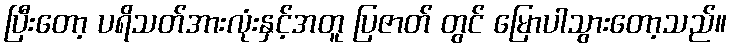
ပြီးတော့ ပရိသတ်အားလုံးနှင့်အတူ ပြဇာတ် တွင် မြောပါသွားတော့သည်။